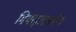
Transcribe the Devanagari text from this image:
मिथाइलअमीन